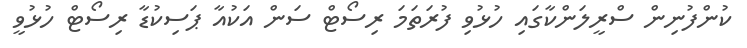
ކުންފުނިން ސްރީލަންކާގައި ހުޅުވި ފުރަތަމަ ރިސޯޓް ސަން އަކުއާ ޕަސިކުޑާ ރިސޯޓް ހުޅުވީ